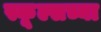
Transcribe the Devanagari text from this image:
स्कूल्सच्या